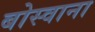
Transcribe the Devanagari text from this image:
बोस्वाना